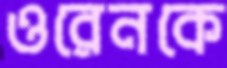
ওরেনকে